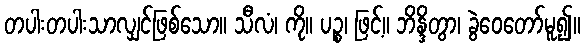
တပါးတပါးသာလျှင်ဖြစ်သော။ သီလံ၊ ကို။ ပဉ္စ၊ ဖြင့်။ ဘိန္ဒိတွာ၊ ခွဲဝေတော်မူ၍။